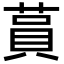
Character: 蒷